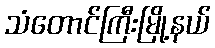
သံတောင်ကြီးမြို့နယ်